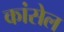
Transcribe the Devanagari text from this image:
कांसेल